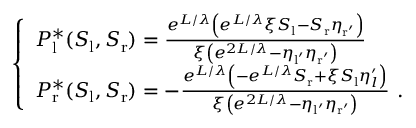
\left\{ \begin{array} { l l } { P _ { \mathrm { l } } ^ { * } ( S _ { \mathrm { l } } , S _ { \mathrm { r } } ) = \frac { e ^ { L / \lambda } \left( e ^ { L / \lambda } \xi S _ { \mathrm { l } } - S _ { \mathrm { r } } \eta _ { \mathrm { r ^ { \prime } } } \right) } { \xi \left( e ^ { 2 L / \lambda } - \eta _ { \mathrm { l ^ { \prime } } } \eta _ { \mathrm { r ^ { \prime } } } \right) } } \\ { P _ { \mathrm { r } } ^ { * } ( S _ { \mathrm { l } } , S _ { \mathrm { r } } ) = - \frac { e ^ { L / \lambda } \left( - e ^ { L / \lambda } S _ { \mathrm { r } } + \xi S _ { \mathrm { l } } \eta _ { l } ^ { \prime } \right) } { \xi \left( e ^ { 2 L / \lambda } - \eta _ { \mathrm { l ^ { \prime } } } \eta _ { \mathrm { r ^ { \prime } } } \right) } \ . } \end{array} \right.